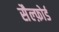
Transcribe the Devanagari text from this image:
सैल्फ़ोर्ड